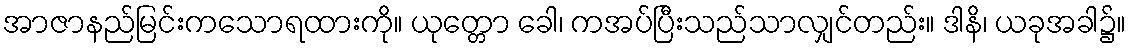
အာဇာနည်မြင်းကသောရထားကို။ ယုတ္တော ခေါ၊ ကအပ်ပြီးသည်သာလျှင်တည်း။ ဒါနိ၊ ယခုအခါ၌။